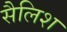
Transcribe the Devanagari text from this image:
सैलिश